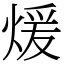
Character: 煖